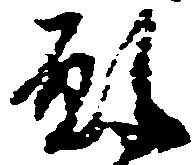
願